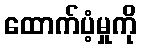
ထောက်ပံ့မှုကို